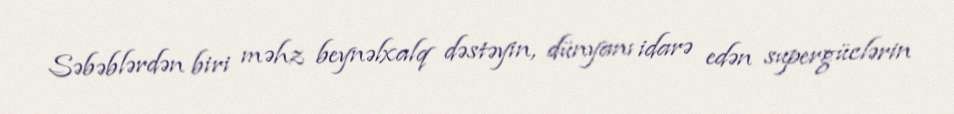
Səbəblərdən biri məhz beynəlxalq dəstəyin, dünyanı idarə edən supergüclərin